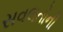
સવલતોની